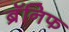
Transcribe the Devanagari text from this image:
ब्रॅनिफ